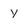
Character: Y